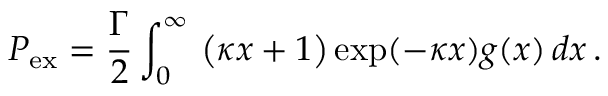
P _ { \mathrm { e x } } = \frac { \Gamma } { 2 } \int _ { 0 } ^ { \infty } \ \bigl ( \kappa x + 1 \bigr ) \exp ( - \kappa x ) g ( x ) \, d x \, .